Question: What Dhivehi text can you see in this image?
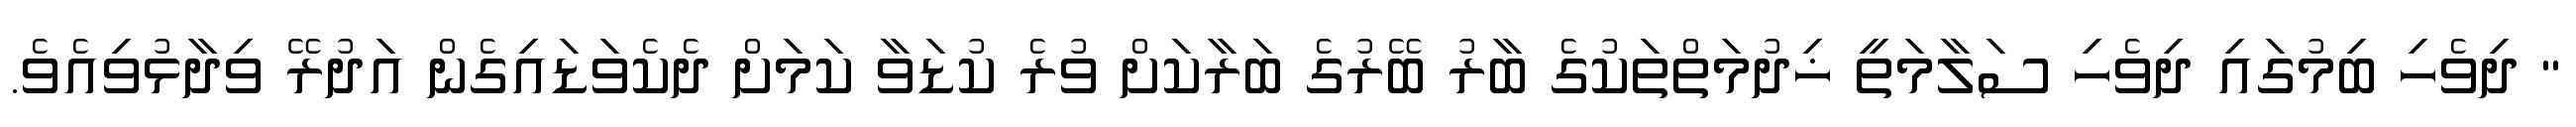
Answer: " ދިވެހި ބިމުގައި ދިވެހި ސަލާމަތީ ޚިދުމަތްތަކުގެ ބާރު ބޭރުގެ ބަރާކަށް ވުރެ ކުޑަވާ ކަމަށް ދެކެވަޑައިގެން އަދުރޭ ވިދާޅުވިއެވެ.